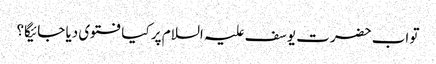
تو اب حضرت یوسف علیہ السلام پر کیا فتوی دیا جائیگا؟